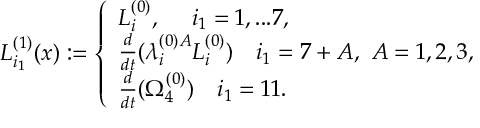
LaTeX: L _ { i _ { 1 } } ^ { ( 1 ) } ( x ) : = \left\{ \begin{array} { l l l } { { L _ { i } ^ { ( 0 ) } , ~ ~ ~ \ i _ { 1 } = 1 , . . . 7 , } } \\ { { \frac { d } { d t } ( \lambda _ { i } ^ { ( 0 ) A } L _ { i } ^ { ( 0 ) } ) ~ ~ ~ i _ { 1 } = 7 + A , ~ A = 1 , 2 , 3 , } } \\ { { \frac { d } { d t } ( \Omega _ { 4 } ^ { ( 0 ) } ) ~ ~ ~ i _ { 1 } = 1 1 . } } \end{array} \right.